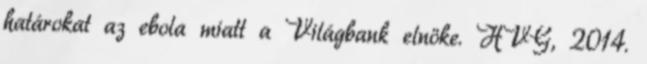
határokat az ebola miatt a Világbank elnöke. HVG, 2014.